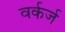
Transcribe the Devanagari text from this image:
वर्कर्ज